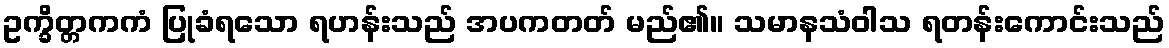
ဥက္ခိတ္တကကံ ပြုခံရသော ရဟန်းသည် အပကတတ် မည်၏။ သမာနသံဝါသ ရတန်းကောင်းသည်